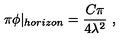
\pi \phi \vert _ { h o r i z o n } = \frac { C \pi } { 4 \lambda ^ { 2 } } \ ,